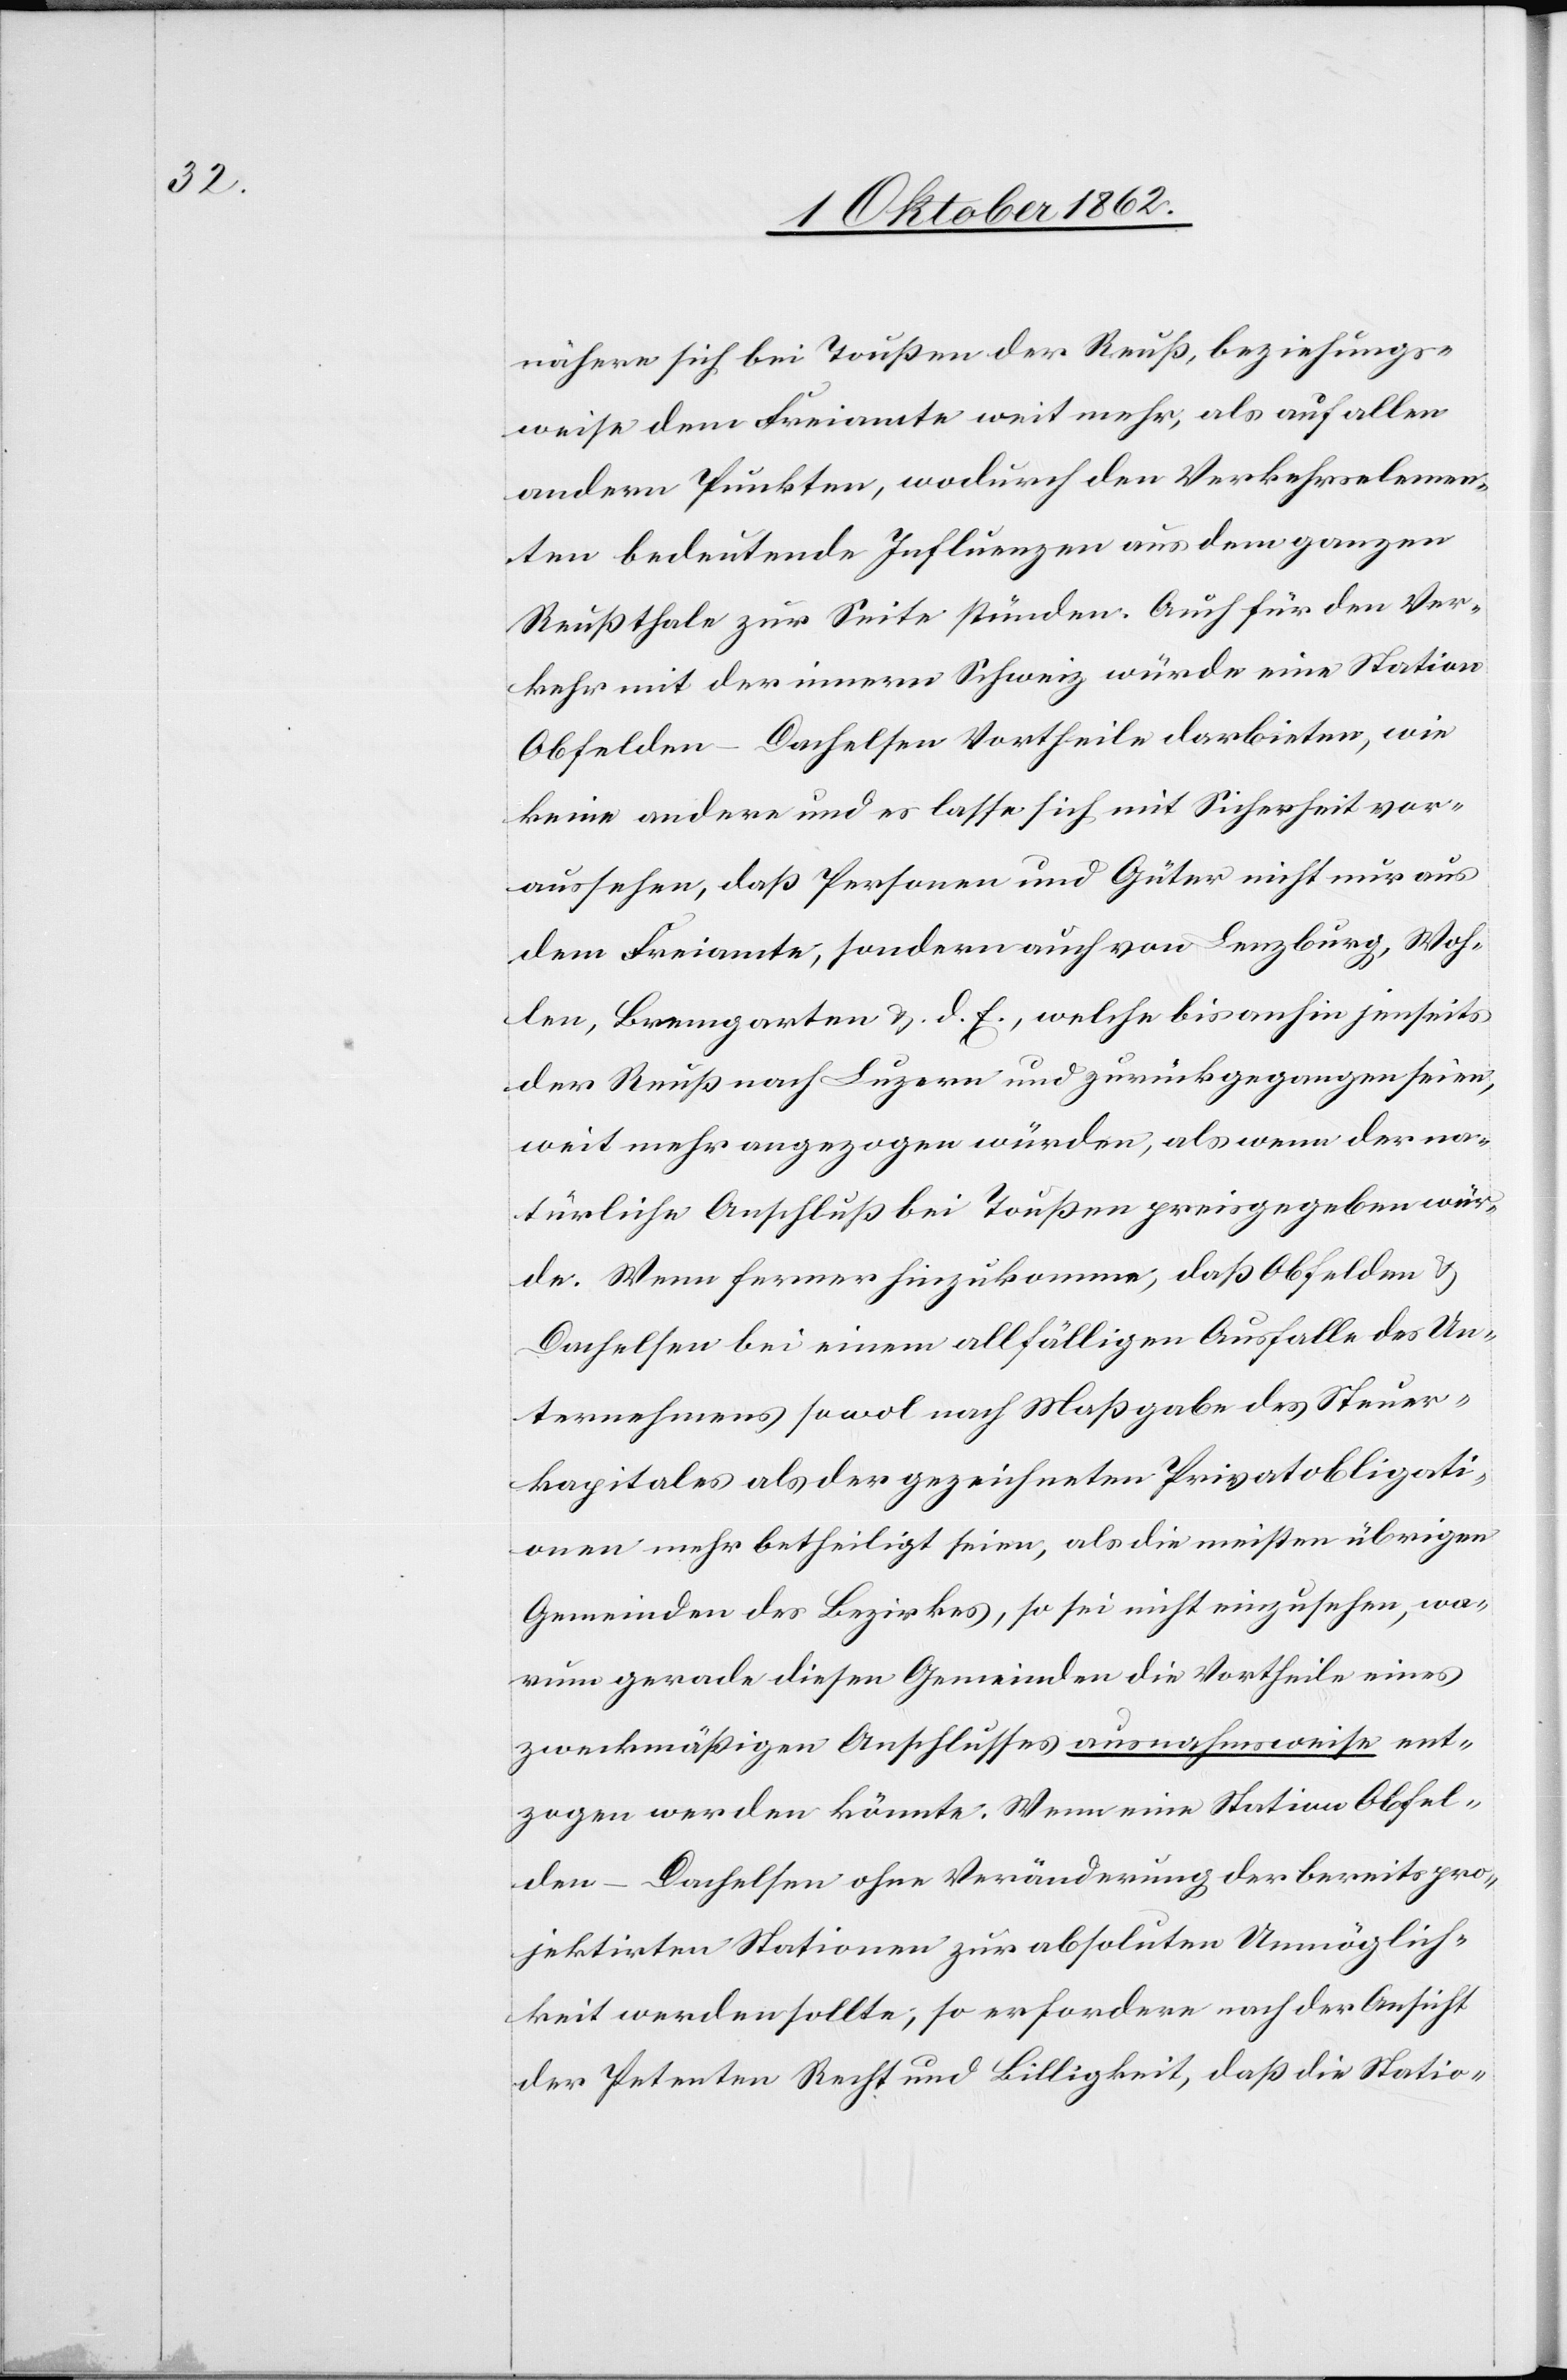
nähere sich bei Toußen der Reuß, beziehungs¬
weise dem Freiamte weit mehr, als auf allen
andern Punkten, wodurch den Verkehrselemen¬
ten bedeutende Influenzen aus dem ganzen
Reußthale zur Seite stünden. Auch für den Ver¬
kehr mit der innern Schweiz würde eine Station
Obfelden-Dachelsen Vortheile darbieten, wie
keine andere und es lasse sich mit Sicherheit vor¬
aussehen, daß Personen und Güter nicht nur aus
dem Freiamte, sondern auch von Lenzburg, Woh¬
len, Bremgarten u. d. E., welche bis anhin jenseits
der Reuß nach Luzern und zurückgegangen seien,
weit mehr angezogen würden, als wenn der na¬
türliche Anschluß bei Toußen preisgegeben wür¬
de. Wenn ferner hinzukomme, daß Obfelden u.
Dachelsen bei einem allfälligen Ausfalle des Un¬
ternehmens sowol nach Maßgabe des Steuer¬
kapitales als der gezeichneten Privatobligati¬
onen mehr betheiligt seien, als die meisten übrigen
Gemeinden des Bezirkes, so sei nicht einzusehen, wa¬
rum gerade diesen Gemeinden die Vortheile eines
zweckmäßigen Anschlusses ausnahmsweise ent¬
zogen werden könnte. Wenn eine Station Obfel¬
den-Dachelsen ohne Veränderung der bereits pro¬
jektirten Stationen zur absoluten Unmöglich¬
keit werden sollte, so erfordere nach der Ansicht
der Petenten Recht und Billigkeit, daß die Statio-